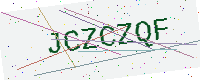
Text: JCZCZQF